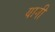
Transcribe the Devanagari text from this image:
यानीं